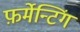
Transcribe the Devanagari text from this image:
फ़र्मेन्टिंग